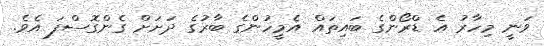
ވަނީ މިހާރު އެ ޑްރޯންގެ ބައިތައް އެމީހުންގެ ބާރުގެ ދަށަށް ގެންގޮސްފަ އެވެ.